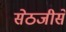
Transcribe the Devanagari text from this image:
सेठजीसे